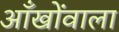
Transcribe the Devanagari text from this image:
आँखोंवाला